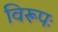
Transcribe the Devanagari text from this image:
विरूपः